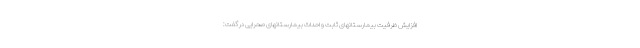
افزایش ظرفیت بیمارستانهای ثابت و احداث بیمارستانهای صحرایی در گفت: